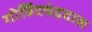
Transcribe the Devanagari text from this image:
गोर्विदचंद्रदास